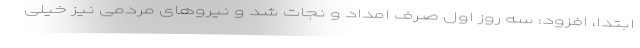
ابتدا، افزود: سه روز اول صرف امداد و نجات شد و نیروهای مردمی نیز خیلی